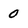
Character: 0